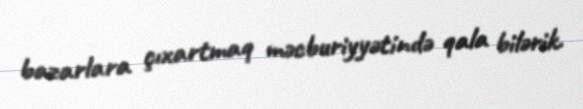
bazarlara çıxartmaq məcburiyyətində qala bilərik.